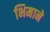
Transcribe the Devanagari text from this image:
भिमाने